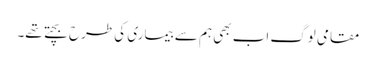
مقامی لوگ اب بھی ہم سے بیماری کی طرح بچتے تھے۔